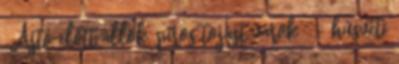
„Ajtó előtt állok, piros tojást várok ” – húsvéti